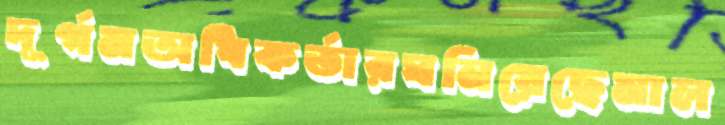
দূর্গমঅধিকর্তারঘনিয়েছেমাল